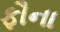
ફૌના